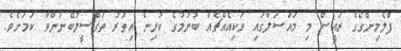
ފްލެމިންގޯގެ ރައީސް މި މައްސަލާގައި ވަކިއެއްޗެއް ބުނުމުގެ ކުރިން އިތުރު ތަފްސީލުބޭނުންވާ ކަމަށެވެ.